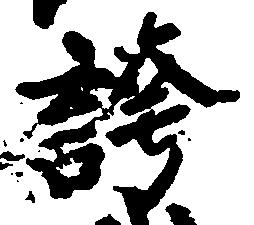
誇